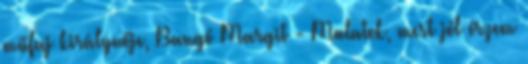
műfaj királynője, Bangó Margit - Mulatok, mert jól érzem